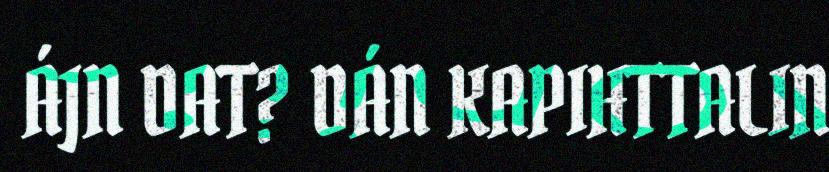
ÁJN DAT? DÁN KAPIHTTALIN